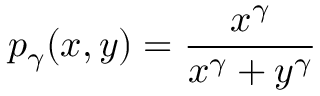
p _ { \gamma } ( x , y ) = \frac { x ^ { \gamma } } { x ^ { \gamma } + y ^ { \gamma } }